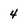
Character: 4